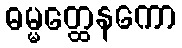
ဓမ္မတ္ထေနကော